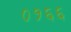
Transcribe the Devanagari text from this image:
०१६६